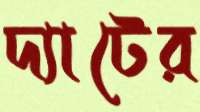
দ্যাটের